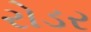
રોડર